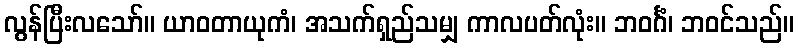
လွန်ပြီးလသော်။ ယာဝတာယုကံ၊ အသက်ရှည်သမျှ ကာလပတ်လုံး။ ဘဝင်္ဂံ၊ ဘဝင်သည်။